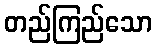
တည်ကြည်သော